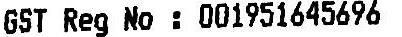
GST REG NO : 001951645696